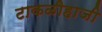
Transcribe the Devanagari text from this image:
टाकळीहाजी